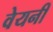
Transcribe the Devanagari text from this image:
वेयनी